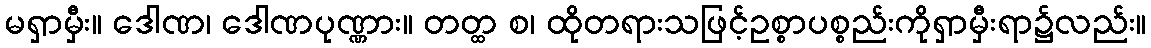
မရှာမှီး။ ဒေါဏ၊ ဒေါဏပုဏ္ဏား။ တတ္ထ စ၊ ထိုတရားသဖြင့်ဥစ္စာပစ္စည်းကိုရှာမှီးရာ၌လည်း။